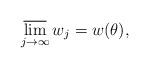
LaTeX: \begin{align*} \varlimsup_{j \to \infty} w_j = w(\theta), \end{align*}